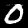
Label: 0